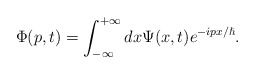
\begin{align*}\Phi(p,t)=\int_{-\infty}^{+\infty}dx\Psi(x,t)e^{-ipx/\hslash}.\end{align*}